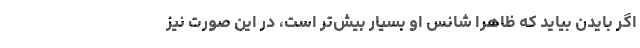
اگر بايدن بيايد كه ظاهراً شانس او بسيار بيش‌تر است، در اين صورت نيز